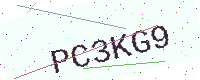
Text: PC3KG9